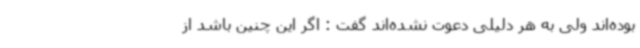
بوده‌اند ولی به هر دلیلی دعوت نشده‌اند گفت : اگر این چنین باشد از